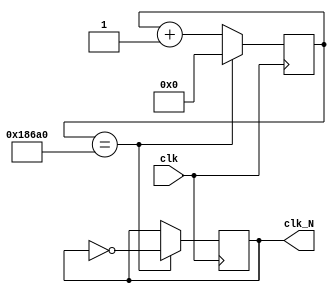

module divider (clk, clk_N);
    input           clk;
    output reg      clk_N;
    parameter       N = 100000;
    reg [31:0]      counter;
	
    initial begin
        clk_N = 0;
        counter = 0;
	end

    always @(posedge clk)  begin
        if (counter == N) begin
            clk_N <= ~clk_N;
            counter <= 0;
        end
        else begin
            counter = counter+1;
        end
    end
	
endmodule